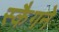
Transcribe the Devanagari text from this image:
स्कैगने